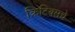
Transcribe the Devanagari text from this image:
क्रिटिक्सचे